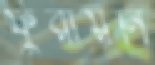
ফুরায়নি